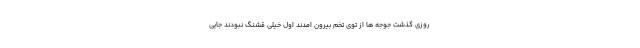
روزی گذشت جوجه ها از توی تخم بیرون امدند اول خیلی قشنگ نبودند جایی